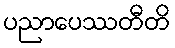
ပညာပေဿတီတိ